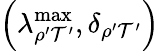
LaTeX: \left(\lambda_{\rho^{\prime}\mathcal{T}^{\prime}}^{\mathrm{{max}}},\delta_{\rho^{\prime}\mathcal{T}^{\prime}}\right)